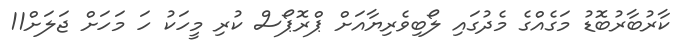
ކާރުބާރުބޮޑު މަގެއްގެ މެދުގައި ލޯބިވެރިޔާއަށް ޕްރޮޕޯސް ކުރި މީހަކު ހަ މަހަށް ޖަލަށް11